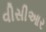
વીસીઆર